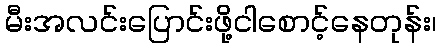
မီးအလင်းပြောင်းဖို့ငါစောင့်နေတုန်း၊